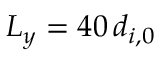
{ L _ { y } = 4 0 \, d _ { i , 0 } }